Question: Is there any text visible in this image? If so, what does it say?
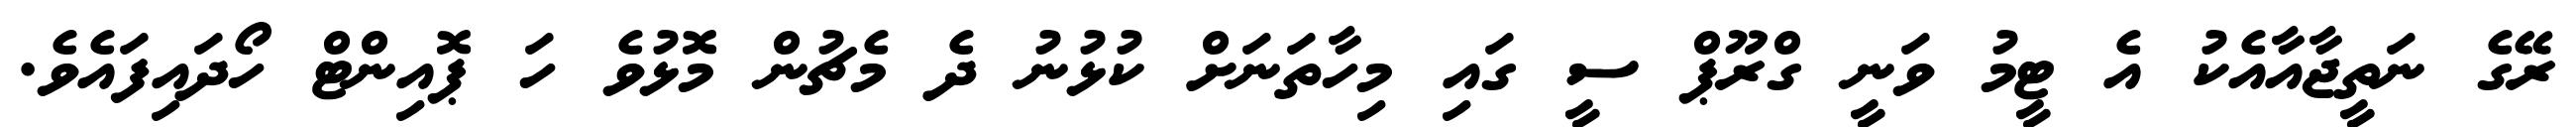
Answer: ރޭގެ ނަތީޖާއާއެކު އެ ޓީމު ވަނީ ގްރޫޕް ސީ ގައި މިހާތަނަށް ކުޅުނު ދެ މެޗުން މޮޅުވެ ހަ ޕޮއިންޓް ހޯދައިފައެވެ.